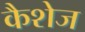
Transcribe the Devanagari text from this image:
कैशेज